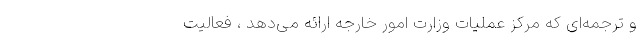
و ترجمه‌ای که مرکز عملیات وزارت امور خارجه ارائه می‌دهد ، فعالیت